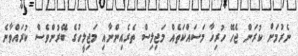
ނެރުމަށް ކުރަން ޖެހޭ ހުރިހާ މަސައްކަތެއް މަޖިލިސް ތެރެއިންނާއި މަޖިލީހުގެ ބޭރުންވެސް ކުރައްވާނެ